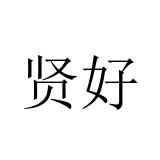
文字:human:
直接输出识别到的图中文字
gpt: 贤好